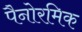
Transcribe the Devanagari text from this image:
पैनोरमिक